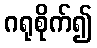
ဂရုစိုက်၍